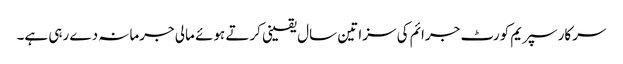
سرکار سپریم کورٹ جرائم کی سزا تین سال یقینی کرتے ہوئے مالی جرمانہ دے رہی ہے۔